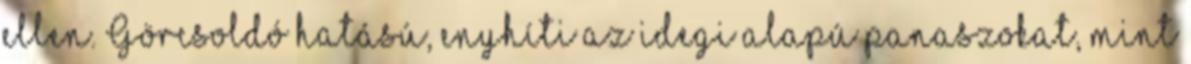
ellen. Görcsoldó hatású, enyhíti az idegi alapú panaszokat, mint